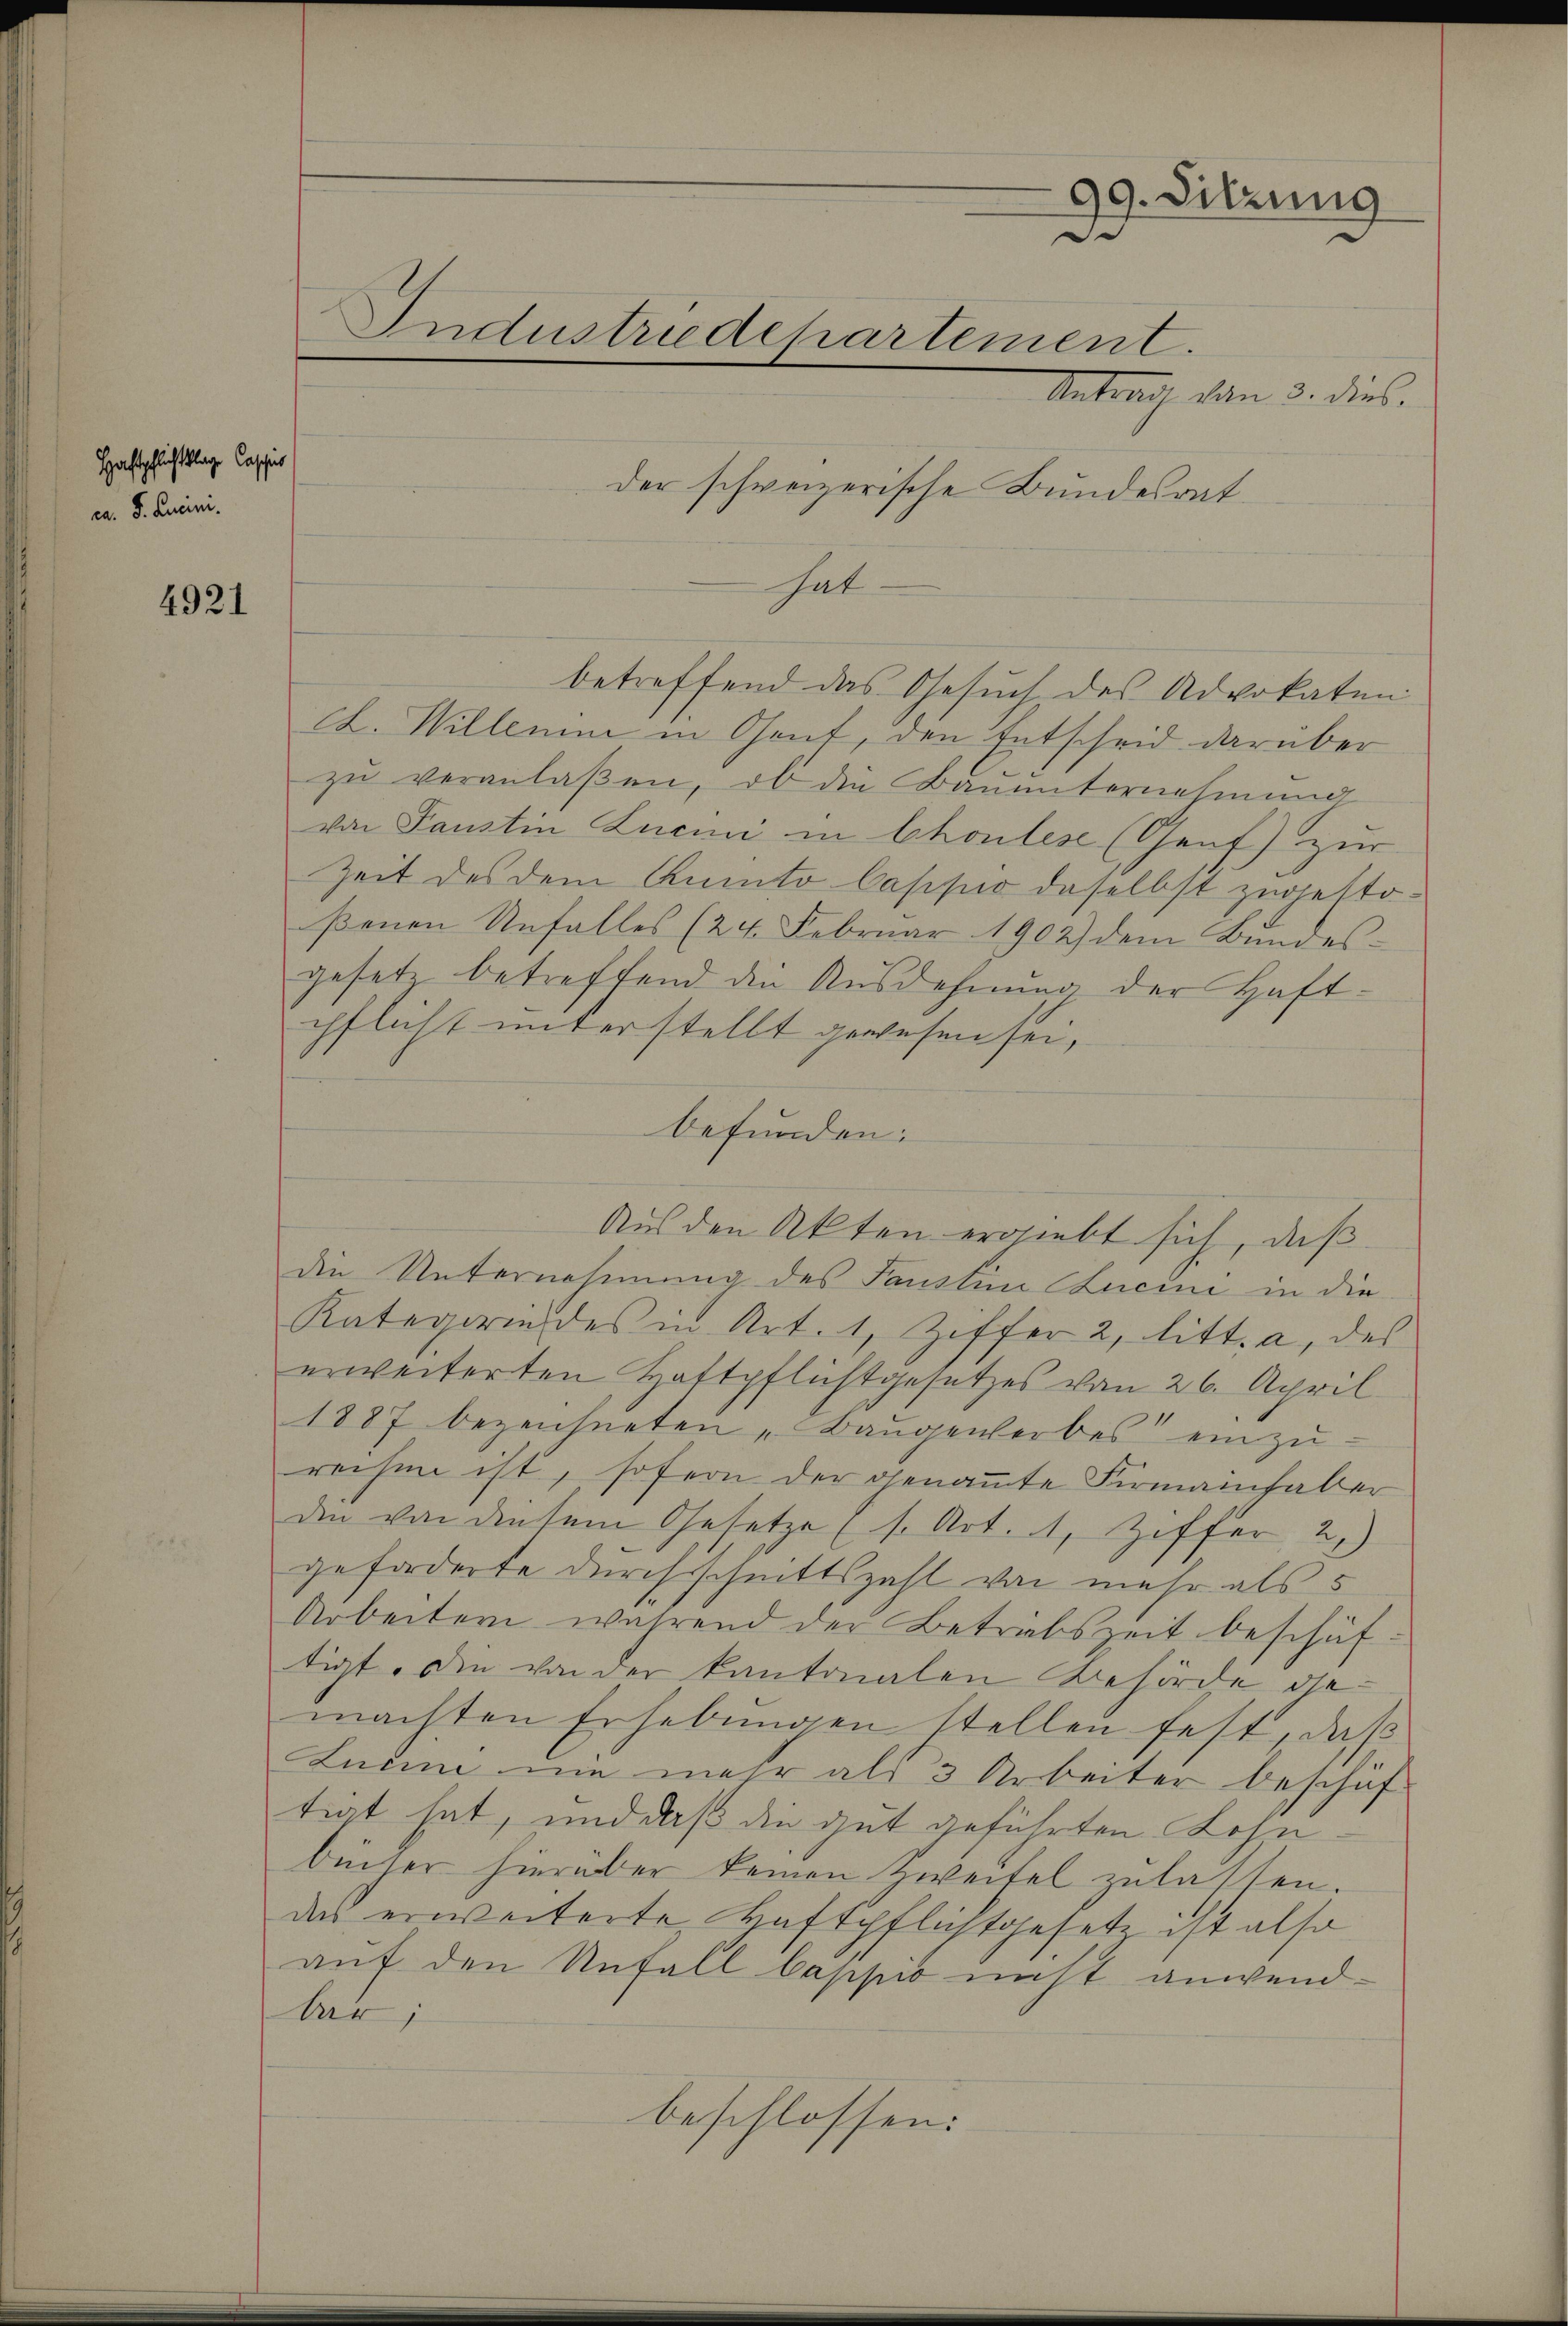
Hofschlichtsklage Cassis
ca. S. Quini.

4921

Industriedchartement.

hat

99. Sitzung

Antrach dann 3. dies
der schweizerische Bundesrat.

betreffend das Gesuch des Advokaten
ct. Willemen in Chent, den Entscheid darüber
zu veranlaßen, ob die Bauunternehmung
von Faustin Lucini in Chonlese (Genf) zur
Zeit des dem Kunto bappio daselbst zugestoßenen Unfalles (24. Februar 1902) dem Bundes-
gesetz betreffend den Ausdehnung der Haftpflicht unterstellt gewesen sei,
befunden:
Aus den Akten ergiebt sich, daß
die Unternehmung des Faustin Lucini in die
Kategorie des in Art. 1, Ziffer 2, litt. a, des
erweiterten Haftpflichtgesetzes von 26. April
1887 bezeichneten „Baŭgewerbes einzureihen ist, sofern der genamte Firmannhaber
din von diesem Gesetze (s. Art. 1, Ziffer 2.)
geforderte Durchschnittszahl von mehr als 5
Arbeitern während der Beträbszeit beschäftigt. Die von der kantonalen Behörde gemachten Erhebungen stellen fest, daß
Lunne nie mehr als 3 Arbeiter beschäf-
tigt hat, und daß die gut geführten Lohnbücher hierüber keinen zweifel zulassen.
das erweiterte Haftpflichtgesetz ist also
auf den Unfall bappić nicht anwendbar;
beschlossen: